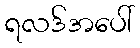
ရလဒ်အပေါ်